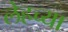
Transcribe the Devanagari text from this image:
लेहच्या